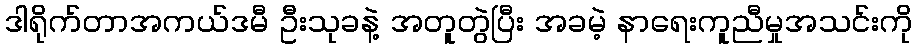
ဒါရိုက်တာအကယ်ဒမီ ဦးသုခနဲ့ အတူတွဲပြီး အခမဲ့ နာရေးကူညီမှုအသင်းကို